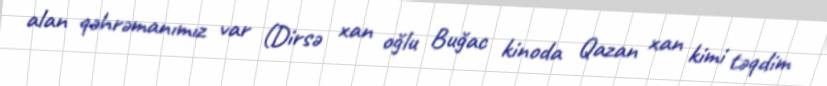
alan qəhrəmanımız var (Dirsə xan oğlu Buğac kinoda Qazan xan kimi təqdim